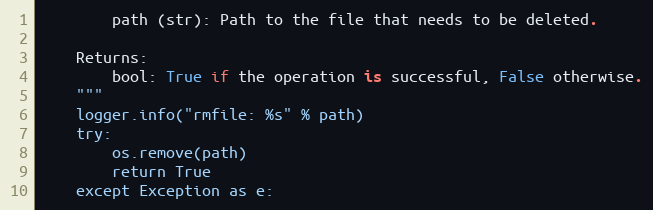
Language: Python
        path (str): Path to the file that needs to be deleted.

    Returns:
        bool: True if the operation is successful, False otherwise.
    """
    logger.info("rmfile: %s" % path)
    try:
        os.remove(path)
        return True
    except Exception as e: